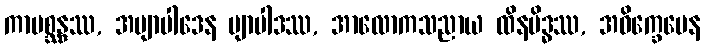
ကာမစ္ဆန္ဒဿ, အဗျာပါဒေန ဗျာပါဒဿ, အာလောကသညာယ ထိနမိဒ္ဓဿ, အဝိက္ခေပေန